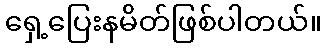
ရှေ့ပြေးနမိတ်ဖြစ်ပါတယ်။